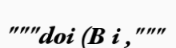
"""doi (B i ,"""